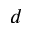
d